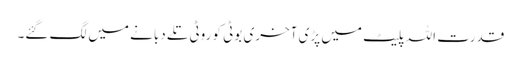
قدرت اللہ پلیٹ میں پڑی آخری بوٹی کو روٹی تلے دبانے میں لگ گئے۔